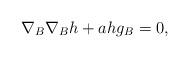
LaTeX: \begin{align*}\nabla_{B}\nabla_{B}h+ahg_{B}=0, \end{align*}